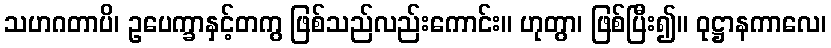
သဟဂတာပိ၊ ဥပေက္ခာနှင့်တကွ ဖြစ်သည်လည်းကောင်း။ ဟုတွာ၊ ဖြစ်ပြီး၍။ ဝုဋ္ဌာနကာလေ၊